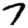
Digit: 7